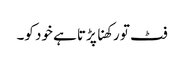
فٹ تو رکھنا پڑتا ہے خود کو۔